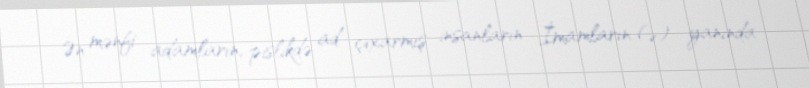
Ən mənfi adamların, pislikdə ad çıxarmış insanların İmamların (ə) yanında